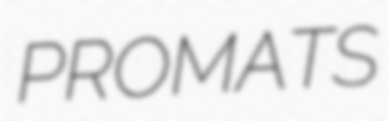
PROMATS